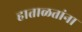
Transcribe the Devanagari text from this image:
हाताळतांना